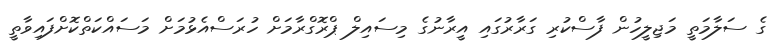
ގެ ސަލާމަތީ މަޖިލީހުން ފާސްކުރި ގަރާރުގައި އީރާނުގެ މިސައިލް ޕްރޮގްރާމަށް ހުރަސްއެޅުމަށް މަސައްކަތްކޮށްފައިވާތީ